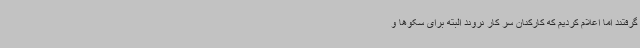
گرفتند اما اعلام کردیم که کارکنان سر کار نروند البته برای سکوها و